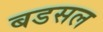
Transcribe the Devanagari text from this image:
बडसल